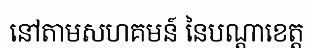
នៅតាមសហគមន៍ នៃបណ្តាខេត្ត